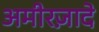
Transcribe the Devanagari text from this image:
अमीरज़ादे